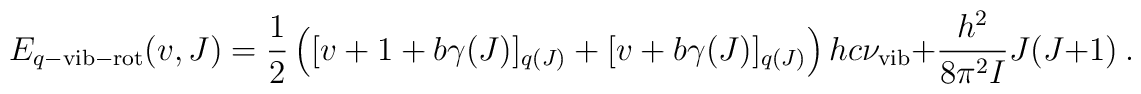
E_{q-\rm vib-rot}(v,J)={1\over 2}\left([v+1+b\gamma(J)]_{q(J)}+[v+b\gamma(J)]_{q(J)}\right)hc\nu_{\rm vib}+\frac{h^2}{8\pi^2I}J(J+1)~.